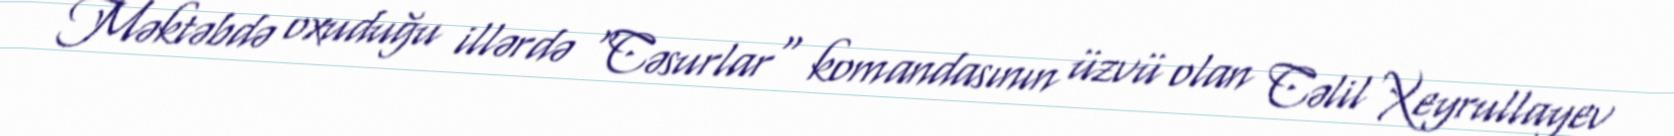
Məktəbdə oxuduğu illərdə "Cəsurlar" komandasının üzvü olan Cəlil Xeyrullayev